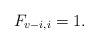
LaTeX: \begin{align*} F_{v-i,i} = 1 . \end{align*}